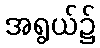
အရွယ်၌